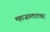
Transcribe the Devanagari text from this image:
महाजालाटवर